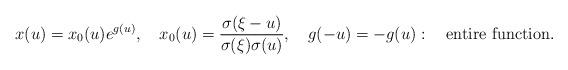
LaTeX: \begin{align*}x(u)=x_{0}(u)e^{g(u)},\quad x_{0}(u)={\sigma(\xi-u)\over{\sigma(\xi)\sigma(u)}},\quad g(-u)=-g(u):\quad \mbox{entire function}. \end{align*}